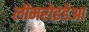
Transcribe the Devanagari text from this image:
लीमरोइडेआ